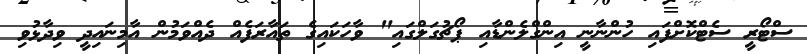
ސްޓޯރީ ސެޓްކޮށްފައި ހުންނާނީ އިންގްލެންޑާއި ޕޯޗުގަލްގައި" ވާހަކައިގެ ތައާރަފެއް ދެއްވަމުން އާމިނައިދީ ވިދާޅުވި